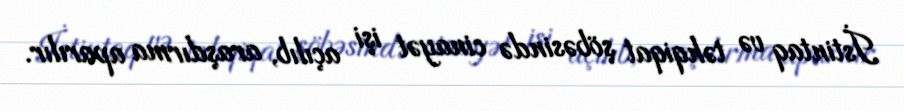
İstintaq və təhqiqat şöbəsində cinayət işi açılıb, araşdırma aparılır.